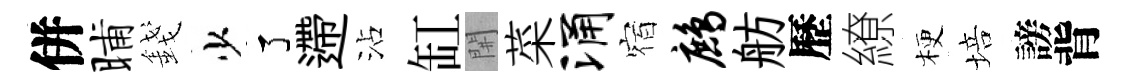
併晡錢少了遰沾缸𨳩菜涌宿鹧舫歷繚梗培謗背